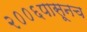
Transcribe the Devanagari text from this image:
२००६पासूनच